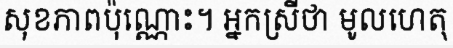
សុខភាពប៉ុណ្ណោះ។ អ្នកស្រីថា មូលហេតុ